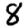
Digit: 8